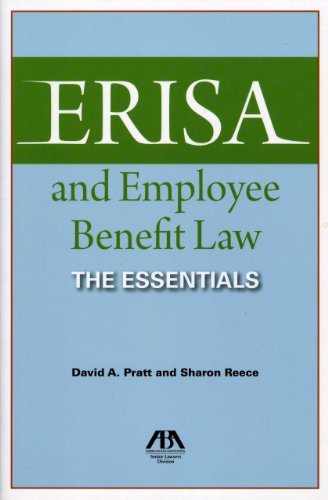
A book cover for ERISA and Employee Benefit Law: The Essentials; David A. Pratt; Law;